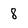
Character: 8